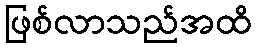
ဖြစ်လာသည်အထိ